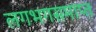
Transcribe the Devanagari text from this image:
लगभगसमाप्त